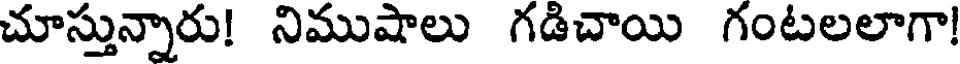
చూస్తున్నారు! నిముషాలు గడిచాయి గంటలలాగా!